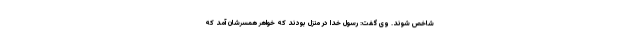
شاخص شوند. وی گفت: رسول خدا در منزل بودند که خواهر همسرشان آمد که